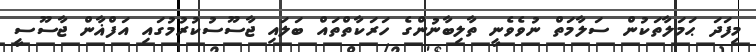
މިފަދަ ޙަމަލާތަކުން ސަލާމަތް ނުވެވެނީ ތާލިބާނުންގެ ހަރަކާތްތައް ބަލައި ޖާސޫސުކުރުމުގައި އަފްޣާން ޖާސޫސީ